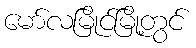
မော်လမြိုင်မြို့တွင်